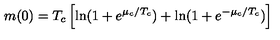
m ( 0 ) = T _ { c } \left[ \ln ( 1 + e ^ { \mu _ { c } / T _ { c } } ) + \ln ( 1 + e ^ { - \mu _ { c } / T _ { c } } ) \right]